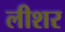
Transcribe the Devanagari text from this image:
लीशर